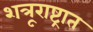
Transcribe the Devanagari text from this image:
शत्रूराष्ट्रात